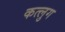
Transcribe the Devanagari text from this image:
कत्लुग